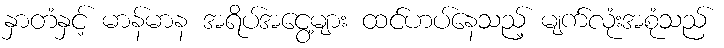
နှာတံနှင့် မာန်မာန အရိပ်အငွေ့များ ထင်ဟပ်နေသည့် မျက်လုံးအစုံသည်